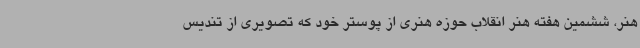
هنر، ششمین هفته هنر انقلاب حوزه هنری از پوستر خود که تصویری از تندیس